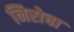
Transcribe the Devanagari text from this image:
निरोचा